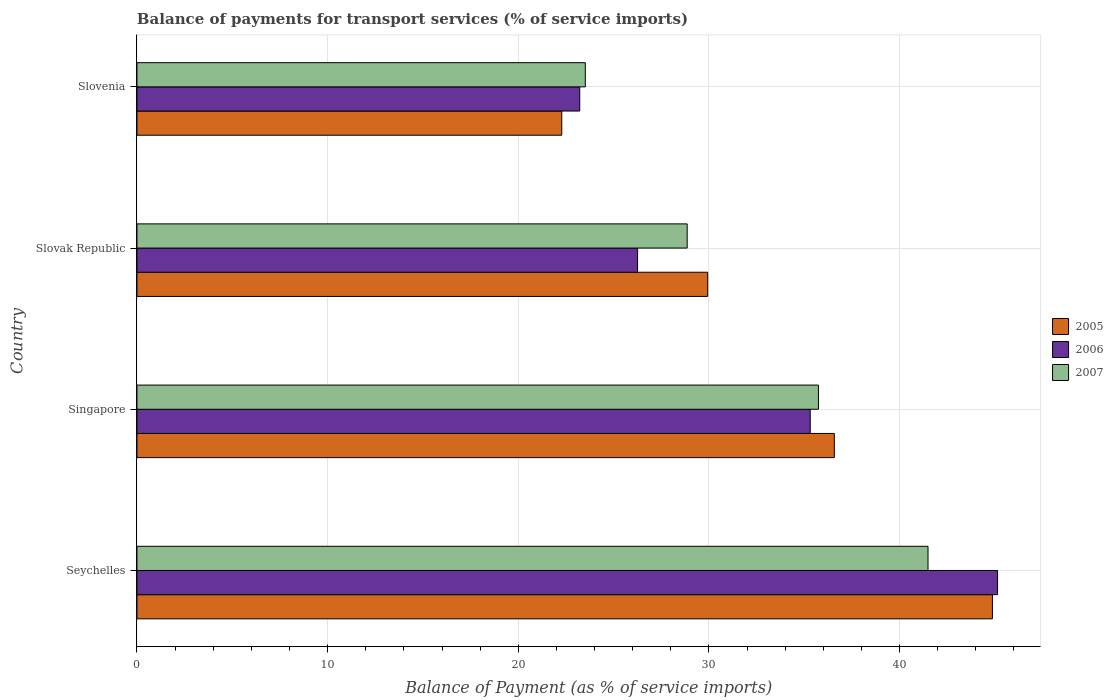
| Country | 2005 | 2006 | 2007 |
 | --- | --- | --- | --- |
 | Seychelles | 44.9 | 45.1 | 41.5 |
 | Singapore | 36.6 | 35.3 | 35.7 |
 | Slovak Republic | 29.9 | 26.3 | 28.9 |
 | Slovenia | 22.3 | 23.2 | 23.5 |